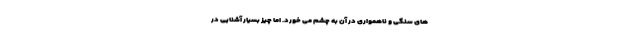
های سنگی و ناهمواری در آن به چشم می خورد. اما چیز بسیار آشنایی در